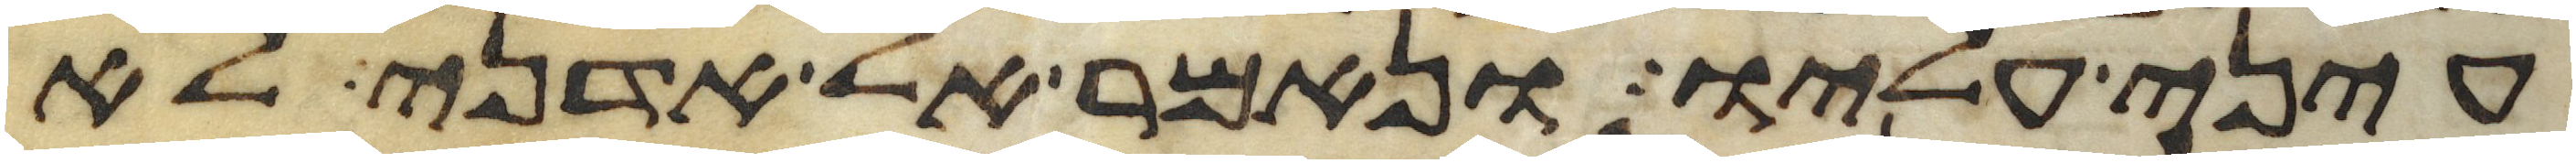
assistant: עיני עליו ונאמר אל אדני לא